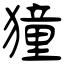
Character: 獞